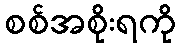
စစ်အစိုးရကို